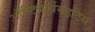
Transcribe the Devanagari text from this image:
ऑस्टियोर्थराइटिस